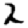
Digit: 2